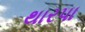
થારપા